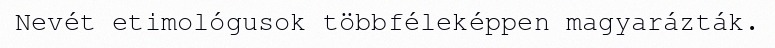
Nevét etimológusok többféleképpen magyarázták.